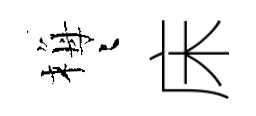
梅迢床